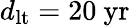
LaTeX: d_{\mathrm{lt}}=20\ \mathrm{yr}